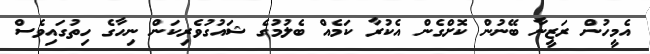
އެމީހުން ރަޒީނާ ބޭނުން ކޮށްގެން އެކުރާ ކަމެއް ބެލުމުގެ ޝައުގުވެރިކަން ނިހާގެ ހިތުގައިވެސް